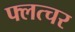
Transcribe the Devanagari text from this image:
फ्लत्चर